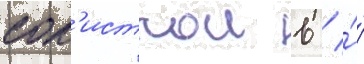
сол'исткои в / ́́